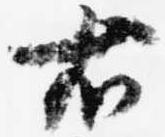
右